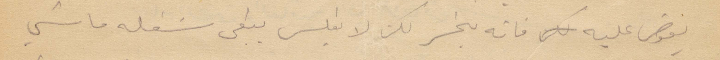
يعوض عليه فانه يخسر لكن لا يفلس يبقى شغله ماشي